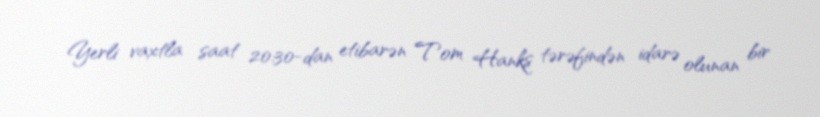
Yerli vaxtla saat 20:30-dan etibarən Tom Hanks tərəfindən idarə olunan bir